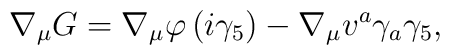
\nabla_{\mu}G=\nabla_{\mu}\varphi\left(  i\gamma_{5}\right)  -\nabla_{\mu}v^{a}\gamma_{a}\gamma_{5},